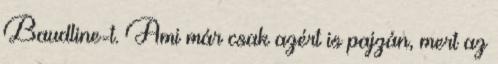
Baudline-t. Ami már csak azért is pajzán, mert az